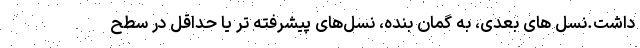
داشت.نسل های بعدی، به گمان بنده، نسل‌های پیشرفته تر یا حداقل در سطح